Report on sanitation, dispensaries, and jails in Rajputana for 1918, and on vaccination for the year 1918-1919 - 1918-1919
Year: 1918
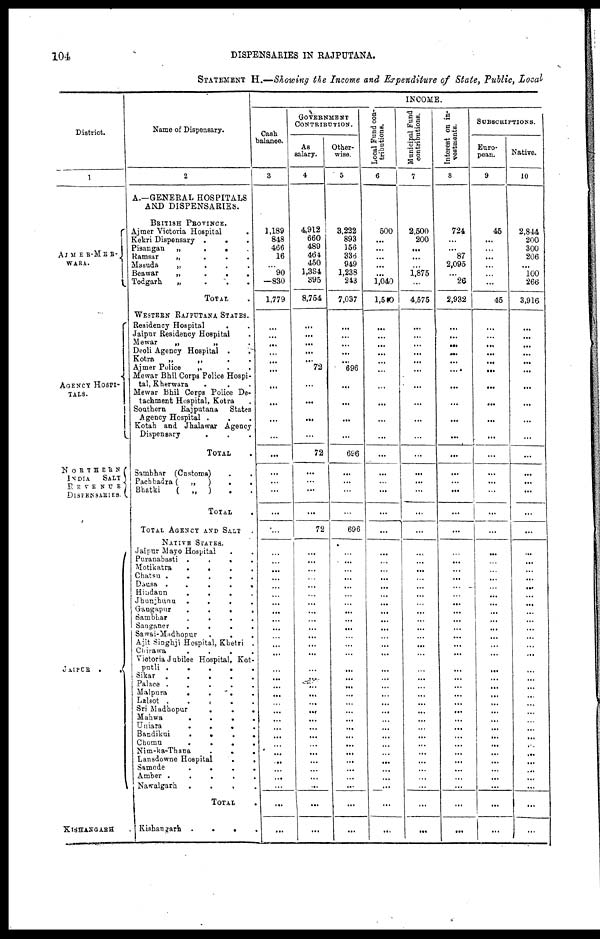
104
DISPENSARIES IN RAJPUTANA.
STATEMENT H.—Showing the Income and Expenditure of State, Public, Local
District.
1
AJMER-MER¬
WARA.
AGENCY HOSPI-
----.
NORTHERN
INDIA
SALT
REVENUE
DISPENSARIES.
JAIPUR .
.
KISHANGARH
Name of Dispensary.
2
A.—GENERAL HOSPITALS
AND DISPENSARIES.
BRITISH PROVINCE.
Ajmer Victoria Hospital .
Kekri Dispensary .
.
.
Pisangan
„
.
.
.
Ramsar
„
.
.
.
Masuda
„ . . .
Beawar
„
.
.
.
Todgarh
„
.
.
.
TOTAL .
WESTERN RAJPUTANA STATES.
Residency Hospital . .
Jaipur Residency Hospital .
Mewar
„
„ .
Deoli Agency Hospital .
.
Kotra
„
„
.
.
Ajmer Police
„
.
.
Mewar Bhil Corps Police Hospi-
tal, Kherwara . . .
Mewar Bhil Corps Police De-
tachment Hospital, Kotra .
Southern
Rajputana
States
Agency Hospital . . .
Kotah and Jhalawar Agency
Dispensary . . .
TOTAL .
Sambhar (Customs)
.
.
Pachbadra ( „ ) . .
Bhatki ( „ ) . .
TOTAL .
TOTAL AGENCY AND SALT
NATIVE STATES.
Jaipur Mayo Hospital . .
Puranabasti
.
.
.
.
Motikatra
.
.
.
.
Chatsu
.
.
.
.
.
Dausa
.
.
. . .
Hindaun
.
.
.
.
Jhunjhunu
.
.
.
.
Gangapur
.
.
.
.
Sambhar
.
.
.
.
Sanganer
.
.
.
.
Sawai-Madhopur
.
.
.
Ajit Singhji Hospital, Khetri .
Chirawa
.
.
. .
Victoria Jubilee Hospital, Kot¬
putli .
.
.
.
.
Sikar .
.
.
.
.
Palace .
.
.
.
.
Malpura
.
.
.
.
Lalsot .
.
.
.
.
Sri Madhopur
.
.
.
Mahwa
.
.
.
.
Uniara
.
.
.
.
Bandikui
.
.
. .
Chomu
.
.
.
.
Nim-ka-Thana
.
.
.
Lansdowne Hospital
.
.
Samode
.
.
.
.
Amber .
.
.
.
.
Nawalgarh
.
.
.
.
TOTAL .
Kishangarh .
.
.
.
INCOME.
Cash
balance.
3
1,189
848
466
16
...
90
830
1,779
...
...
...
...
...
...
...
...
...
...
...
...
...
...
...
...
...
...
...
...
...
...
...
...
...
...
...
...
...
...
...
...
...
...
...
...
...
...
...
...
...
...
...
...
...
...
GOVERNMENT
CONTRIBUTION
As
salary.
4
4,912
660
489
464
450
1,384
395
8,754
...
...
...
...
...
... 72
...
...
...
72
...
...
...
...
72
...
...
...
...
... ...
...
...
...
...
...
...
...
...
...
...
...
...
...
...
...
...
...
...
...
...
...
...
...
...
Other-
wise.
5
3,222
893
156
336
949
1,238
213
7,037
...
...
...
...
...
... 696
...
...
...
696
...
...
...
...
696
...
...
...
...
...
...
...
...
...
...
...
...
...
...
...
...
...
...
...
...
...
...
...
...
...
...
...
...
...
...
Local Fund con-
tributions.
6
500
...
...
...
...
...
1,040
1,540
...
...
...
...
...
...
...
...
...
...
...
...
...
...
...
...
...
...
...
...
...
...
...
...
...
...
...
...
...
...
...
...
...
...
...
...
...
...
...
...
...
...
...
...
...
...
Municipal Fund
contributions.
7
2,500
200
...
...
...
1,875
...
4,575
...
...
...
...
...
...
...
...
...
...
...
...
...
...
...
...
...
...
...
...
... ...
...
...
...
...
...
...
...
...
...
...
...
...
...
...
...
...
...
...
...
...
...
...
...
...
Interest on in-
vestments.
8
724
...
... 87
2,095
...
26
2,932
...
...
...
...
...
...
...
...
...
...
...
...
...
...
...
...
...
...
...
...
...
...
...
...
...
...
...
...
...
...
...
...
...
...
...
...
...
...
...
...
...
...
...
...
...
...
SUBSCRIPTIONS.
Euro-
pean.
9
45
...
...
...
...
...
...
45
...
...
...
...
...
...
...
...
...
...
...
...
...
...
...
...
...
...
...
...
...
...
...
...
...
...
...
...
...
...
...
...
...
...
...
...
...
...
...
...
...
...
...
...
...
...
Native.
10
2,844
200
300
206
...
100
266
3,916
...
...
...
...
...
...
...
...
...
...
...
...
...
...
...
...
...
...
...
...
...
...
...
...
...
...
...
...
...
...
...
...
...
...
...
...
...
...
...
...
...
...
...
...
...